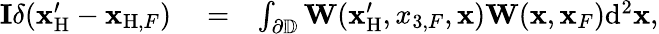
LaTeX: \begin{array}{rlr}{{\mathbf I}\delta({{\mathbf x}_{\mathrm{H}}^{\prime}}-{{\mathbf x}_{\mathrm{H},F}})}&{{}=}&{\int_{{{\partial\mathbb{D}}}}{\mathbf W}({\mathbf x}_{\mathrm{H}}^{\prime},x_{3,F},{\mathbf x}){\mathbf W}({\mathbf x},{\mathbf x}_{F})\mathrm{d}^{2}{\mathbf x},}\end{array}